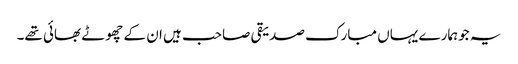
یہ جوہمارے یہاں مبارک صدیقی صاحب ہیں ان کے چھوٹے بھائی تھے۔